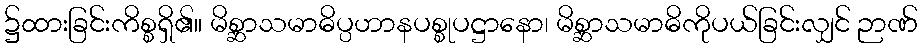
၌ထားခြင်းကိစ္စရှိ၏။ မိစ္ဆာသမာဓိပ္ပဟာနပစ္စုပဋ္ဌာနော၊ မိစ္ဆာသမာဓိကိုပယ်ခြင်းလျှင် ဉာဏ်